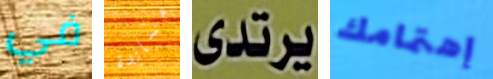
في مساندة يرتدى إهتمامك